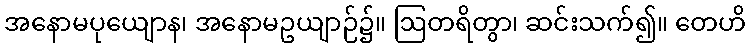
အနောမပုယျောန၊ အနောမဥယျာဉ်၌။ ဩတရိတွာ၊ ဆင်းသက်၍။ တေဟိ